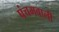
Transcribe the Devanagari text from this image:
पंचमवाली